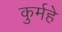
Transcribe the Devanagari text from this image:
कुर्महे